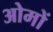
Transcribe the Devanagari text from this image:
ओमों